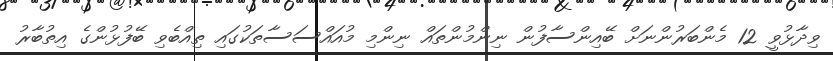
ވިދާޅުވީ 12 މެންބަރުންނަށް ބޭއިންސާފުން ނިންމުންތައް ނިންމި މުއައްސަސާތަކުގައި ތިއްބެވި ބޭފުޅުންގެ އިތުބާރު